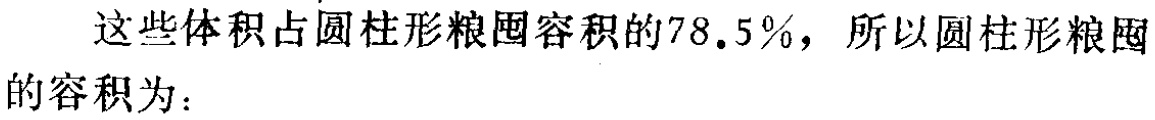
这些体积占圆柱形粮囤容积的78.5%，所以圆柱形粮囤的容积为：